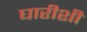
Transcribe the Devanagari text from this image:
घारीशी